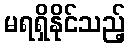
မရရှိနိုင်သည့်